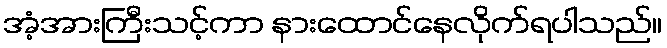
အံ့အားကြီးသင့်ကာ နားထောင်နေလိုက်ရပါသည်။